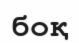
боқ